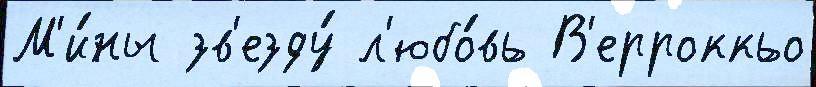
М'и́ны зв'езду́ л'юбо́вь В'ерроккьо